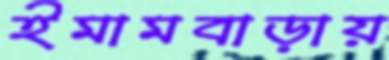
ইমামবাড়ায়